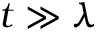
t \gg \lambda